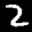
Label: 2